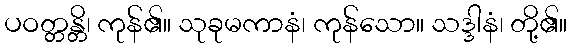
ပဝတ္တန္တိ၊ ကုန်၏။ သုခုမကာနံ၊ ကုန်သော။ သဒ္ဒါနံ၊ တို့၏။